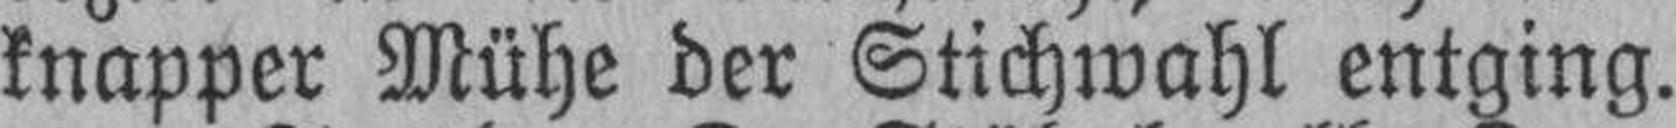
knapper Mühe der Stichwahl entging.